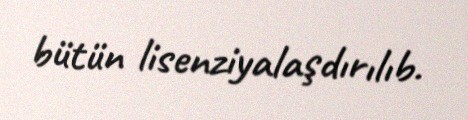
bütün lisenziyalaşdırılıb.